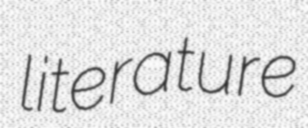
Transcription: literature